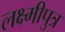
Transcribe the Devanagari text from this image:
लक्ष्मीपुत्र